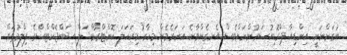
ނުގަންނަނީ. އިންޑިއާ ޕްރޮޑިއުސަރުންނަށްވެސް އެނގެންވާނެ އަހަރެމެން މިހާރު މިކަހަލަ ކޮންޓްރޯވާޝަލް ސަބްޖެކްޓްސްގެ ފިލްމުތައް